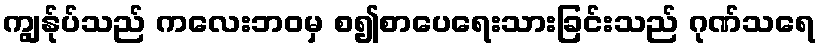
ကျွန်ုပ်သည် ကလေးဘဝမှ စ၍စာပေရေးသားခြင်းသည် ဂုဏ်သရေ